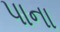
પાના